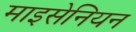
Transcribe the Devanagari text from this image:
माइसेनियन